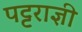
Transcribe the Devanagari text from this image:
पट्टराज्ञी